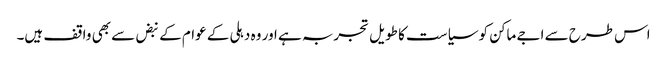
اس طرح سے اجے ماکن کو سیاست کا طویل تجربہ ہے اور وہ دہلی کے عوام کے نبض سے بھی واقف ہیں۔